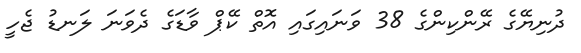
ދުނިޔޭގެ ރޭންކިންގެ 38 ވަނައިގައި އޮތް ކޭޕް ވާޑަގެ ދެވަނަ ލަނޑު ޖެހީ